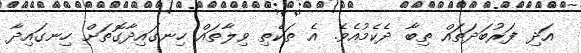
އަދި ފަރުބަދަތައް ތިބާ ދެކެމުއެވެ. އެ ތަކެތި ވިލާތައް ހިނގައިދާގޮތަށް ހިނގައިދާ